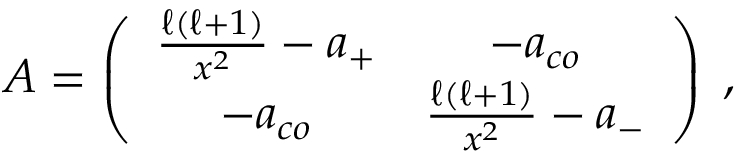
\begin{array} { r } { A = \left( \begin{array} { c c } { \frac { \ell ( \ell + 1 ) } { x ^ { 2 } } - a _ { + } } & { - a _ { c o } } \\ { - a _ { c o } } & { \frac { \ell ( \ell + 1 ) } { x ^ { 2 } } - a _ { - } } \end{array} \right) \; , } \end{array}